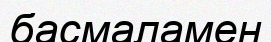
басмаламен